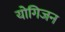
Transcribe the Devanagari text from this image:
योगिजन